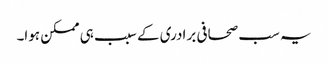
یہ سب صحافی برادری کے سبب ہی ممکن ہوا۔